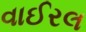
વાઈરલ